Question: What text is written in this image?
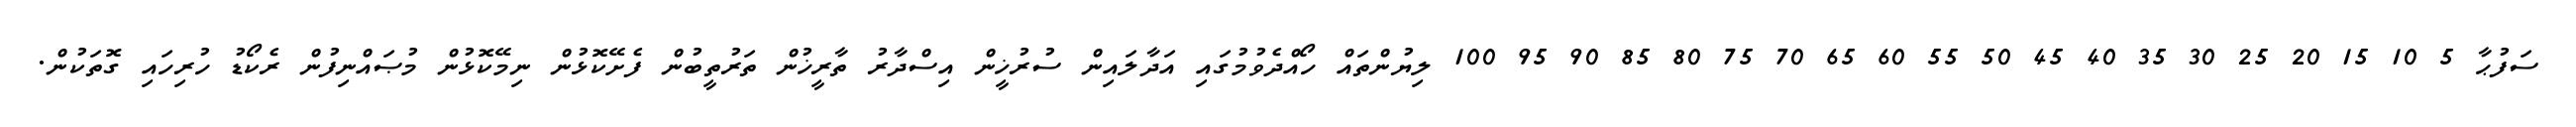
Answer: ސަފުޙާ 5 10 15 20 25 30 35 40 45 50 55 60 65 70 75 80 85 90 95 100 ލިޔުންތައް ހޯއްދެވުމުގައި އަދާލައިން ސުރުޚީން އިސްދާރު ތާރީޚުން ތަރުތީބުން ފެށޭކޮޅުން ނިމޭކޮޅުން މުޞައްނިފުން ރެކޯޑު ހުރިހައި ގޮތަކުން.